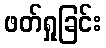
ဖတ်ရှုခြင်း